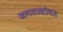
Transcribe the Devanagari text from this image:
जगतासोबत